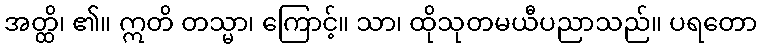
အတ္ထိ၊ ၏။ ဣတိ တသ္မာ၊ ကြောင့်။ သာ၊ ထိုသုတမယီပညာသည်။ ပရတော